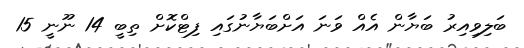
ބަލިވިއިރު ބަޔާން އެއް ވަނަ އަށްބަޔާނުގައި ފިޓްކޮށް ތިބީ 14 ނޫނީ 15